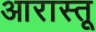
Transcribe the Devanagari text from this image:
आरास्तू